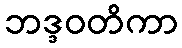
ဘဒ္ဒဝတိကာ